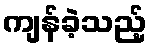
ကျန်ခဲ့သည့်